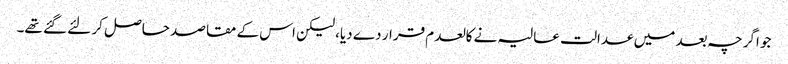
جو اگرچہ بعد میں عدالت عالیہ نے کالعدم قرار دے دیا، لیکن اس کے مقاصد حاصل کر لئے گئے تھے۔